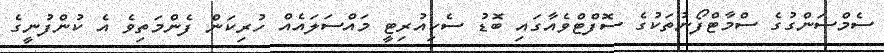
ސެމްސަންގުގެ ސްމާޓްފޯނުތަކުގެ ސޮފްޓްވެއާގައި ބޮޑު ސެކިއުރިޓީ މައްސަލައެއް ހުރިކަން ފެންމަތިވެ އެ ކުންފުނީގެ